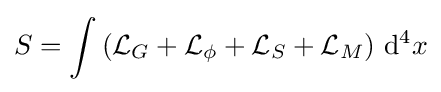
S=\int {({\mathcal {L}}_{G}+{\mathcal {L}}_{\phi }+{\mathcal {L}}_{S}+{\mathcal {L}}_{M})}~\mathrm {d^{4}} x